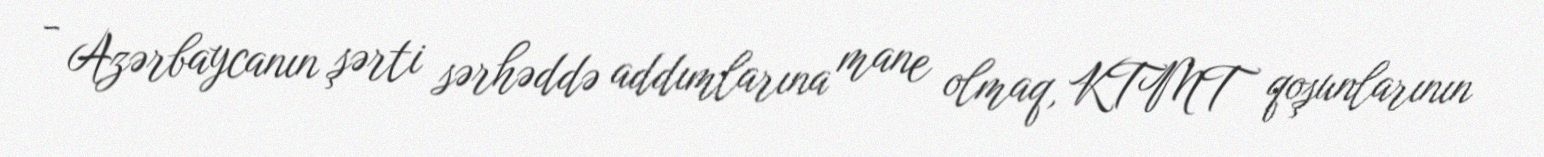
- Azərbaycanın şərti sərhəddə addımlarına mane olmaq, KTMT qoşunlarının